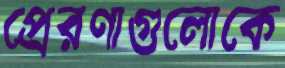
প্রেরণাগুলোকে